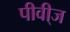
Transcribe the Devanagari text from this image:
पीवी्ज